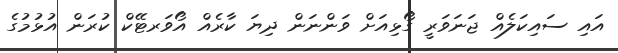
އައި ސައިކަލެއް ޖަނަވަރީ ގޯޅިއަށް ވަންނަން ދިޔަ ކާރެއް އޯވަރޓޭކް ކުރަން އުޅުމުގެ